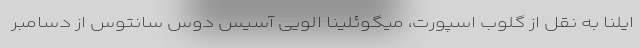
ایلنا به نقل از گلوب اسپورت، میگوئلینا الویی آسیس دوس سانتوس از دسامبر